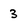
Character: 3